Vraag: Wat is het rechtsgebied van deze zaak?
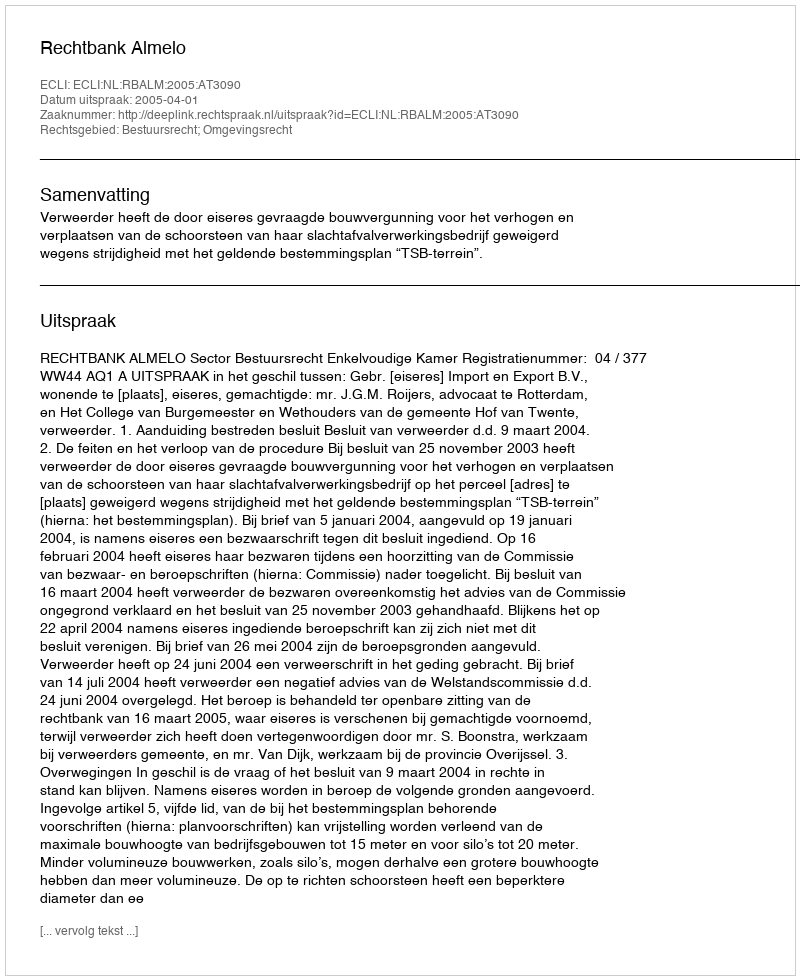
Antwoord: Bestuursrecht; Omgevingsrecht